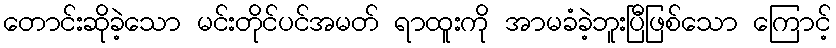
တောင်းဆိုခဲ့သော မင်းတိုင်ပင်အမတ် ရာထူးကို အာမခံခဲ့ဘူးပြီဖြစ်သော ကြောင့်